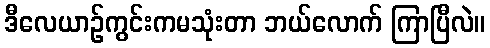
ဒီလေယာဉ်ကွင်းကမသုံးတာ ဘယ်လောက် ကြာပြီလဲ။